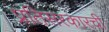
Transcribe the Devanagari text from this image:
प्रतिसरकारची